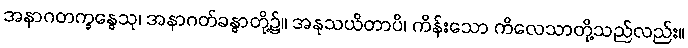
အနာဂတက္ခန္ဓေသု၊ အနာဂတ်ခန္ဓာတို့၌။ အနုသယိတာပိ၊ ကိန်းသော ကိလေသာတို့သည်လည်း။